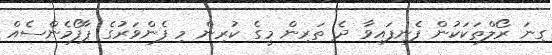
ގިނަ ރޯލްތަކަކުން ފެނިފައިވާ ދެ ތަރިން މީގެ ކުރިން މި ފެންވަރުގެ ޕާފޯމެންސެއް